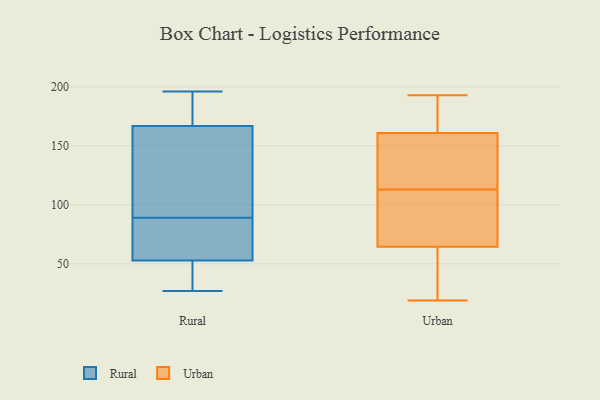
{"axis": {"x": "Page Views", "y": "Value"}, "legend": ["Rural", "Urban"], "data": [{"x": "", "y": 106, "type": "Rural"}, {"x": "", "y": 189, "type": "Rural"}, {"x": "", "y": 172, "type": "Rural"}, {"x": "", "y": 151, "type": "Rural"}, {"x": "", "y": 196, "type": "Rural"}, {"x": "", "y": 133, "type": "Rural"}, {"x": "", "y": 82, "type": "Rural"}, {"x": "", "y": 190, "type": "Rural"}, {"x": "", "y": 89, "type": "Rural"}, {"x": "", "y": 143, "type": "Rural"}, {"x": "", "y": 193, "type": "Rural"}, {"x": "", "y": 31, "type": "Rural"}, {"x": "", "y": 55, "type": "Rural"}, {"x": "", "y": 48, "type": "Rural"}, {"x": "", "y": 27, "type": "Rural"}, {"x": "", "y": 38, "type": "Rural"}, {"x": "", "y": 52, "type": "Rural"}, {"x": "", "y": 69, "type": "Rural"}, {"x": "", "y": 75, "type": "Rural"}, {"x": "", "y": 101, "type": "Urban"}, {"x": "", "y": 153, "type": "Urban"}, {"x": "", "y": 19, "type": "Urban"}, {"x": "", "y": 193, "type": "Urban"}, {"x": "", "y": 63, "type": "Urban"}, {"x": "", "y": 151, "type": "Urban"}, {"x": "", "y": 169, "type": "Urban"}, {"x": "", "y": 125, "type": "Urban"}, {"x": "", "y": 70, "type": "Urban"}, {"x": "", "y": 49, "type": "Urban"}, {"x": "", "y": 66, "type": "Urban"}, {"x": "", "y": 188, "type": "Urban"}]}